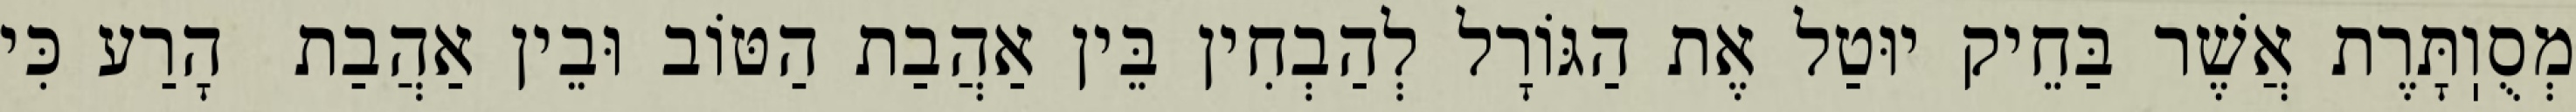
מְסֻוֽתָּרֶת אֲשֶׁר בַּחֵיק יוּטַל אֶת הַגּוֹרָל לְהַבְחִין בֵּין אַהֲבַת הַטּוֹב וּבֵין אַהֲבַת  הָרַע כִּי